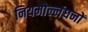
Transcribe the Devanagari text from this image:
नियमोल्लंघनों